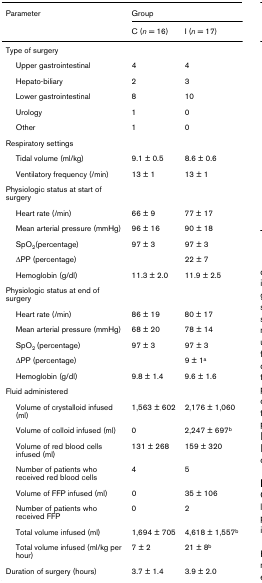
<table><thead><tr><td><b>Parameter</b></td><td colspan="2"><b>Group</b></td></tr><tr><td></td><td><b>C (<i>n </i>= 16)</b></td><td><b>I (<i>n </i>= 17)</b></td></tr></thead><tbody><tr><td>Type of surgery</td><td></td><td></td></tr><tr><td> Upper gastrointestinal</td><td>4</td><td>4</td></tr><tr><td> Hepato-biliary</td><td>2</td><td>3</td></tr><tr><td> Lower gastrointestinal</td><td>8</td><td>10</td></tr><tr><td> Urology</td><td>1</td><td>0</td></tr><tr><td> Other</td><td>1</td><td>0</td></tr><tr><td>Respiratory settings</td><td></td><td></td></tr><tr><td> Tidal volume (ml/kg)</td><td>9.1 ± 0.5</td><td>8.6 ± 0.6</td></tr><tr><td> Ventilatory frequency (/min)</td><td>13 ± 1</td><td>13 ± 1</td></tr><tr><td>Physiologic status at start of surgery</td><td></td><td></td></tr><tr><td> Heart rate (/min)</td><td>66 ± 9</td><td>77 ± 17</td></tr><tr><td> Mean arterial pressure (mmHg)</td><td>96 ± 16</td><td>90 ± 18</td></tr><tr><td> SpO<sub>2</sub>(percentage)</td><td>97 ± 3</td><td>97 ± 3</td></tr><tr><td> ΔPP (percentage)</td><td></td><td>22 ± 7</td></tr><tr><td> Hemoglobin (g/dl)</td><td>11.3 ± 2.0</td><td>11.9 ± 2.5</td></tr><tr><td>Physiologic status at end of surgery</td><td></td><td></td></tr><tr><td> Heart rate (/min)</td><td>86 ± 19</td><td>80 ± 17</td></tr><tr><td> Mean arterial pressure (mmHg)</td><td>68 ± 20</td><td>78 ± 14</td></tr><tr><td> SpO<sub>2 </sub>(percentage)</td><td>97 ± 3</td><td>97 ± 3</td></tr><tr><td> ΔPP (percentage)</td><td></td><td>9 ± 1<sup>a</sup></td></tr><tr><td> Hemoglobin (g/dl)</td><td>9.8 ± 1.4</td><td>9.6 ± 1.6</td></tr><tr><td>Fluid administered</td><td></td><td></td></tr><tr><td> Volume of crystalloid infused (ml)</td><td>1,563 ± 602</td><td>2,176 ± 1,060</td></tr><tr><td> Volume of colloid infused (ml)</td><td>0</td><td>2,247 ± 697<sup>b</sup></td></tr><tr><td> Volume of red blood cells infused (ml)</td><td>131 ± 268</td><td>159 ± 320</td></tr><tr><td> Number of patients who received red blood cells</td><td>4</td><td>5</td></tr><tr><td> Volume of FFP infused (ml)</td><td>0</td><td>35 ± 106</td></tr><tr><td> Number of patients who received FFP</td><td>0</td><td>2</td></tr><tr><td> Total volume infused (ml)</td><td>1,694 ± 705</td><td>4,618 ± 1,557<sup>b</sup></td></tr><tr><td> Total volume infused (ml/kg per hour)</td><td>7 ± 2</td><td>21 ± 8<sup>b</sup></td></tr><tr><td>Duration of surgery (hours)</td><td>3.7 ± 1.4</td><td>3.9 ± 2.0</td></tr></tbody></table>